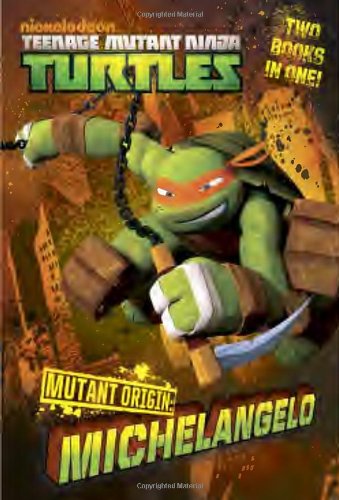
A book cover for Mutant Origin: Michelangelo/Raphael (Teenage Mutant Ninja Turtles) (Junior Novel); Michael Teitelbaum; Children's Books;